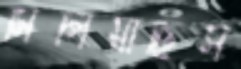
মিলিয়াছিস